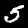
Label: 5